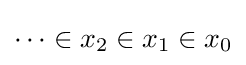
\cdots \in x_{2}\in x_{1}\in x_{0}